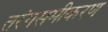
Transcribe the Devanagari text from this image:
तरंगसमीकरण